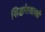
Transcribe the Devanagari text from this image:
सिद्धांतशास्त्री